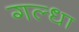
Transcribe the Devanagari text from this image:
गल्धा